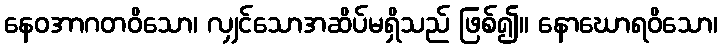
နေဝအာဂတဝိသော၊ လျှင်သောအဆိပ်မရှိသည် ဖြစ်၍။ နောဃောရဝိသော၊